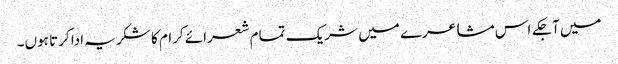
میں آجکے اس مشاعرے میں شریک تمام شعرائے کرام کا شکریہ ادا کرتا ہوں۔